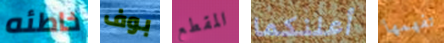
خاطئه بوف المقطع أعلنكما تفهمها